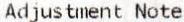
ADJUSTMENT NOTE